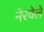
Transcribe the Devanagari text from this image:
नेरवेले